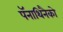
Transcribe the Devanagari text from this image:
पॅनाथिनैको